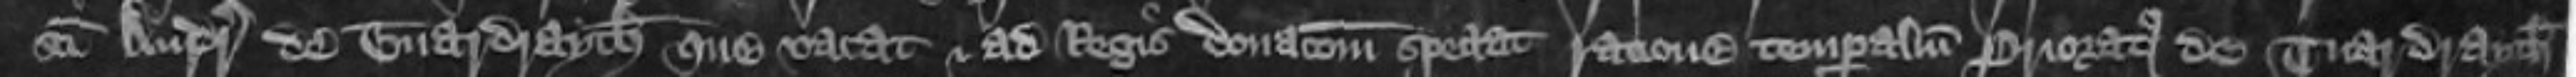
Sancti Andreae de Tuardrayth que vacat et ad Regis donacionem spectat ratione temporalium Prioratus de Tuardrayth